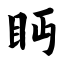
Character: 眄